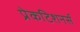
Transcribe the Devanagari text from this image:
प्रेकटिशनर्स